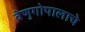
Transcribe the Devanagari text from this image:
वेणुगोपालाचे